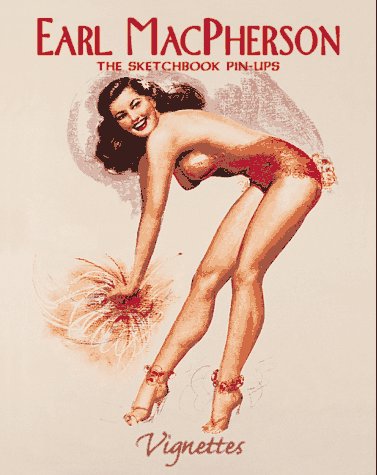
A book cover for Earl MacPherson:  The Sketchbook Pin-Ups (Vignettes); Max Allan Collins; Crafts, Hobbies & Home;